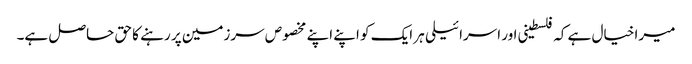
میرا خیال ہے کہ فلسطینی اور اسرائیلی ہر ایک کو اپنے اپنے مخصوص سرزمین پر رہنے کا حق حاصل ہے۔